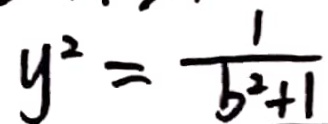
y ^ { 2 } = \frac { 1 } { b ^ { 2 } + 1 }